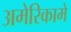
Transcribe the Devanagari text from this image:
अमेरिकामे